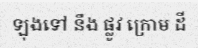
ឡុងទៅ នឹង ផ្លូវ ក្រោម ដី